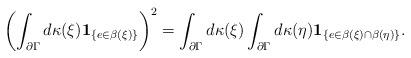
LaTeX: \begin{align*} \left(\int_{\partial\Gamma}d\kappa(\xi){\bf 1}_{\{e\in\beta(\xi)\}}\right)^2 =\int_{\partial\Gamma}d\kappa(\xi)\int_{\partial\Gamma}d\kappa(\eta){\bf 1}_{\{e\in\beta(\xi)\cap\beta(\eta)\}}. \end{align*}